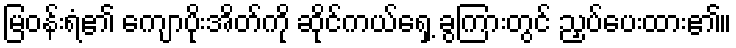
မြဝန်းရံ၏ ကျောပိုးအိတ်ကို ဆိုင်ကယ်ရှေ့ ခွကြားတွင် ညှပ်ပေးထား၏။